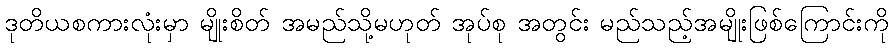
ဒုတိယစကားလုံးမှာ မျိုးစိတ် အမည်သို့မဟုတ် အုပ်စု အတွင်း မည်သည့်အမျိုးဖြစ်ကြောင်းကို